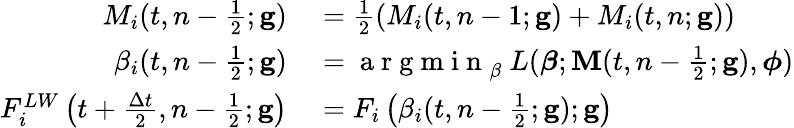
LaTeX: \begin{array}{rl}{M_{i}(t,n-\frac{1}{2};\mathbf{g})}&{{}=\frac{1}{2}\left(M_{i}(t,n-1;\mathbf{g})+M_{i}(t,n;\mathbf{g})\right)}\\ {\beta_{i}(t,n-\frac{1}{2};\mathbf{g})}&{{}=\mathrm{~a~r~g~m~i~n~}_{\beta}\ L(\boldsymbol{\beta};\mathbf{M}(t,n-\frac{1}{2};\mathbf{g}),\boldsymbol{\phi})}\\ {F_{i}^{LW}\left(t+\frac{\Delta t}{2},n-\frac{1}{2};\mathbf{g}\right)}&{{}=F_{i}\left(\beta_{i}(t,n-\frac{1}{2};\mathbf{g});\mathbf{g}\right)}\end{array}